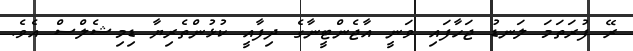
ރޭ ފުރަތަމަ ލަނޑު ޖަހާފައި ވަނީ އާޖެންޓީނާގެ ދިފާއީ ކުޅުންތެރިޔާ ޑިމިޝެލްސް އެވެ.